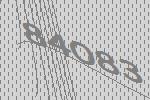
84083